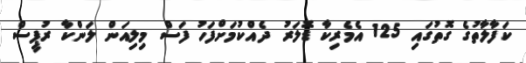
ކަފާލާތުގެ ގޮތުގައި 125 އެމެރިކާ ޑޮލަރު ދެއްކުމަށްފަހު ފަސް މިލިއަން ލަންކާ ރުޕީސް